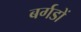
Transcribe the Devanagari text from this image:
बर्गडों